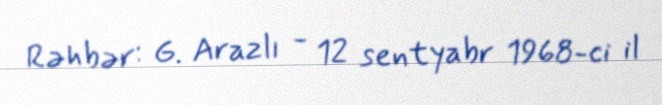
Rəhbər: G. Arazlı - 12 sentyabr 1968-ci il